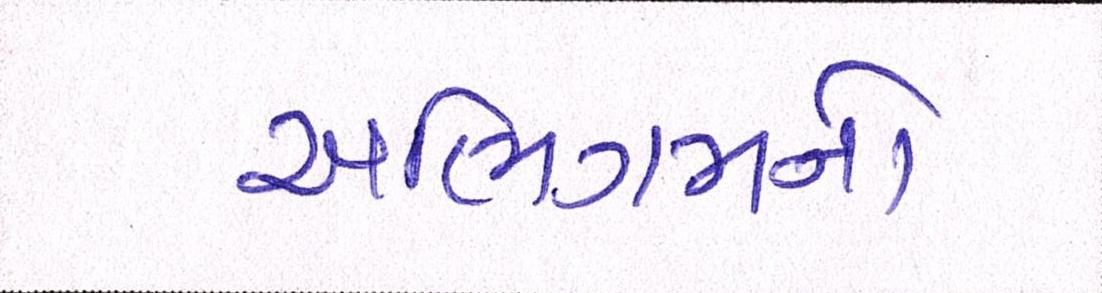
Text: અભિગમનો